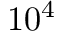
1 0 ^ { 4 }